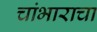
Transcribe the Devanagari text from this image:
चांभाराचा